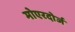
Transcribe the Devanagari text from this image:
मोएरदोर्ज